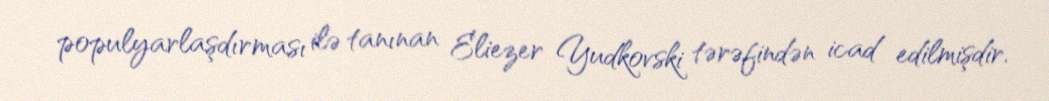
populyarlaşdırması ilə tanınan Eliezer Yudkovski tərəfindən icad edilmişdir.